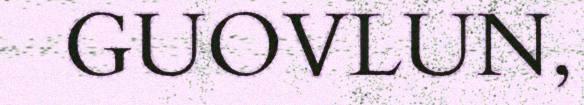
GUOVLUN,